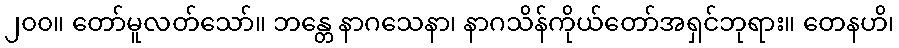
၂၀၀။ တော်မူလတ်သော်။ ဘန္တေ နာဂသေနာ၊ နာဂသိန်ကိုယ်တော်အရှင်ဘုရား။ တေနဟိ၊